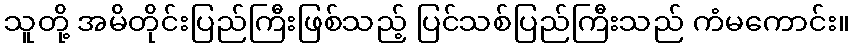
သူတို့ အမိတိုင်းပြည်ကြီးဖြစ်သည့် ပြင်သစ်ပြည်ကြီးသည် ကံမကောင်း။